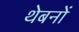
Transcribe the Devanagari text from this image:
थेबनों